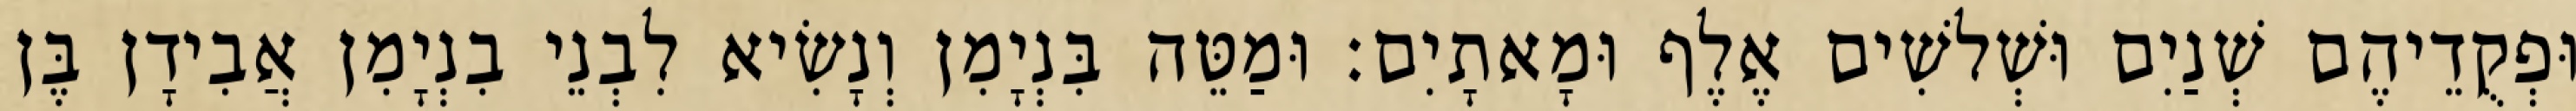
וּפְקֻדֵיהֶם שְׁנַיִם וּשְׁלשִׁים אֶלֶף וּמָאתָיִם׃ וּמַטֵּה בִּנְיָמִן וְנָשִׂיא לִבְנֵי בִנְיָמִן אֲבִידָן בֶּן